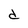
Character: d